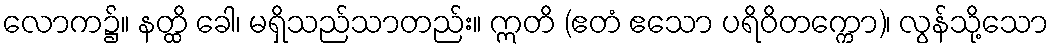
လောက၌။ နတ္ထိ ခေါ၊ မရှိသည်သာတည်း။ ဣတိ (ဧတံ ဧသော ပရိဝိတက္ကော)၊ လွန်သို့သော